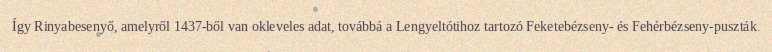
Így Rinyabesenyő, amelyről 1437-ből van okleveles adat, továbbá a Lengyeltótihoz tartozó Feketebézseny- és Fehérbézseny-puszták.